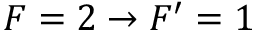
F = 2 \rightarrow F ^ { \prime } = 1